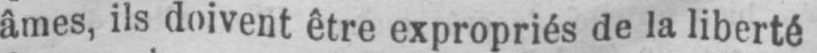
âmes, ils doivent être expropriés de la liberté